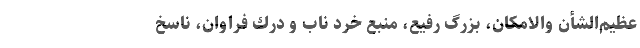
عظيم‌الشأنِ والامكان، بزرگِ ‌رفيع، منبعِ خرد ناب و درك فراوان، ناسخ